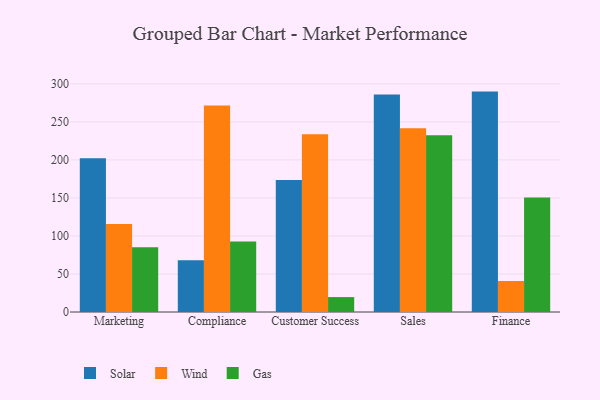
{"axis": {"x": "Department", "y": "Waste Production (Tons)"}, "legend": ["Gas", "Solar", "Wind"], "data": [{"x": "Marketing", "y": 202.0, "type": "Solar"}, {"x": "Marketing", "y": 115.8, "type": "Wind"}, {"x": "Marketing", "y": 85.0, "type": "Gas"}, {"x": "Compliance", "y": 67.9, "type": "Solar"}, {"x": "Compliance", "y": 271.6, "type": "Wind"}, {"x": "Compliance", "y": 92.7, "type": "Gas"}, {"x": "Customer Success", "y": 173.7, "type": "Solar"}, {"x": "Customer Success", "y": 233.8, "type": "Wind"}, {"x": "Customer Success", "y": 19.6, "type": "Gas"}, {"x": "Sales", "y": 286.1, "type": "Solar"}, {"x": "Sales", "y": 241.5, "type": "Wind"}, {"x": "Sales", "y": 232.5, "type": "Gas"}, {"x": "Finance", "y": 289.8, "type": "Solar"}, {"x": "Finance", "y": 40.8, "type": "Wind"}, {"x": "Finance", "y": 150.5, "type": "Gas"}]}